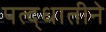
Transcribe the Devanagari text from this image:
पत्द्धातीने